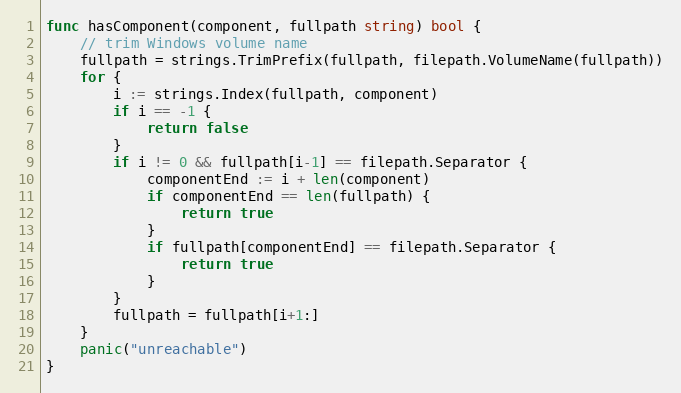
Language: Go
func hasComponent(component, fullpath string) bool {
	// trim Windows volume name
	fullpath = strings.TrimPrefix(fullpath, filepath.VolumeName(fullpath))
	for {
		i := strings.Index(fullpath, component)
		if i == -1 {
			return false
		}
		if i != 0 && fullpath[i-1] == filepath.Separator {
			componentEnd := i + len(component)
			if componentEnd == len(fullpath) {
				return true
			}
			if fullpath[componentEnd] == filepath.Separator {
				return true
			}
		}
		fullpath = fullpath[i+1:]
	}
	panic("unreachable")
}